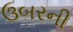
ઉબરની